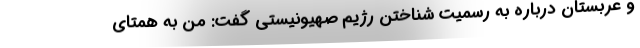
و عربستان درباره به رسمیت شناختن رژیم صهیونیستی گفت: من به همتای